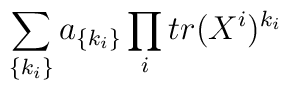
\sum_{\{k_i\}} a_{\{k_i\}} \prod_i tr (X^i)^{k_i}